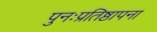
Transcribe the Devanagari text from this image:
पुनःप्रतिष्ठापना